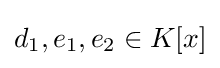
d_{1},e_{1},e_{2}\in K[x]